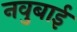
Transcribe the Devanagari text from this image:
नवुबाई